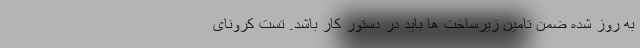
به روز شده ضمن تامین زیرساخت ها باید در دستور کار باشد. تست کرونای